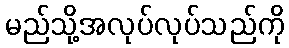
မည်သို့အလုပ်လုပ်သည်ကို